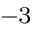
^ { - 3 }